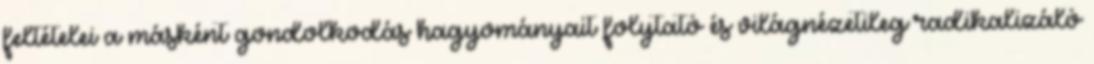
feltételei a másként gondolkodás hagyományait folytató és világnézetileg radikalizáló